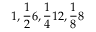
1 , \frac { 1 } { 2 } 6 , \frac { 1 } { 4 } 1 2 , \frac { 1 } { 8 } 8